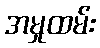
အမှုထမ်း